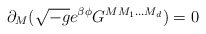
\begin{align*}\partial _{M}(\sqrt{-g}e^{\beta \phi}G^{MM_{1}...M_{d}})=0 \end{align*}